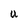
Character: u